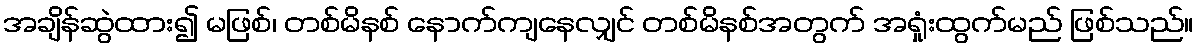
အချိန်ဆွဲထား၍ မဖြစ်၊ တစ်မိနစ် နောက်ကျနေလျှင် တစ်မိနစ်အတွက် အရှုံးထွက်မည် ဖြစ်သည်။